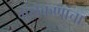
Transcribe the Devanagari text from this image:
मुळकणांचा